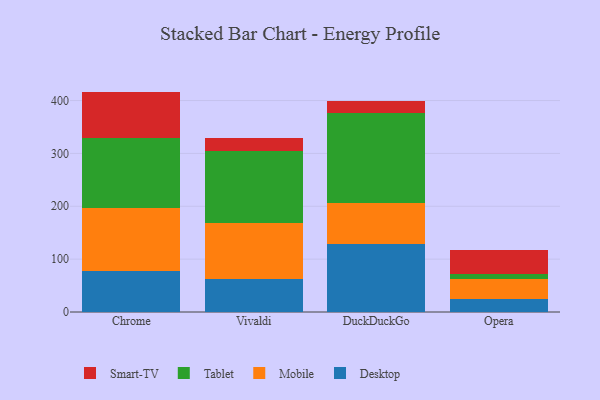
{"axis": {"x": "Browser", "y": "Backlog"}, "legend": ["Desktop", "Mobile", "Smart-TV", "Tablet"], "data": [{"x": "Chrome", "y": 77.0, "type": "Desktop"}, {"x": "Chrome", "y": 120.1, "type": "Mobile"}, {"x": "Chrome", "y": 132.7, "type": "Tablet"}, {"x": "Chrome", "y": 87.1, "type": "Smart-TV"}, {"x": "Vivaldi", "y": 61.9, "type": "Desktop"}, {"x": "Vivaldi", "y": 105.9, "type": "Mobile"}, {"x": "Vivaldi", "y": 136.0, "type": "Tablet"}, {"x": "Vivaldi", "y": 25.4, "type": "Smart-TV"}, {"x": "DuckDuckGo", "y": 127.7, "type": "Desktop"}, {"x": "DuckDuckGo", "y": 79.2, "type": "Mobile"}, {"x": "DuckDuckGo", "y": 168.6, "type": "Tablet"}, {"x": "DuckDuckGo", "y": 23.3, "type": "Smart-TV"}, {"x": "Opera", "y": 24.8, "type": "Desktop"}, {"x": "Opera", "y": 37.0, "type": "Mobile"}, {"x": "Opera", "y": 10.3, "type": "Tablet"}, {"x": "Opera", "y": 45.7, "type": "Smart-TV"}]}